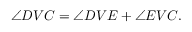
\angle D V C = \angle D V E + \angle E V C .